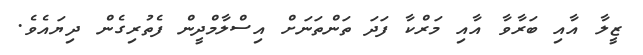
ޒީލާ އާއި ބަރާވާ އާއި މަރްކާ ފަދަ ތަންތަނަށް އިސްލާމްދީން ފެތުރިގެން ދިޔައެވެ.